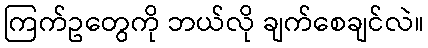
ကြက်ဥတွေကို ဘယ်လို ချက်စေချင်လဲ။